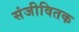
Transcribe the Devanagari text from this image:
संजीवितक